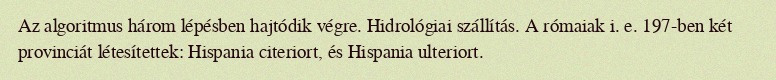
Az algoritmus három lépésben hajtódik végre. Hidrológiai szállítás. A rómaiak i. e. 197-ben két provinciát létesítettek: Hispania citeriort, és Hispania ulteriort.